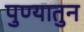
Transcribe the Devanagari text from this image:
पुण्यातुन